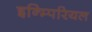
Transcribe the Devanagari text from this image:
इन्म्पिरियल